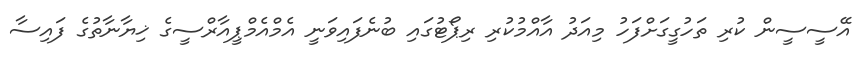
އޭސީސީން ކުރި ތަހުގީގަށްފަހު މިއަދު އާއްމުކުރި ރިޕޯޓުގައި ބުނެފައިވަނީ އެމްއެމްޕީއާރްސީގެ ޚިޔާނާތުގެ ފައިސާ